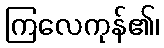
ကြလေကုန်၏၊